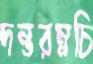
দন্তরম্নচি